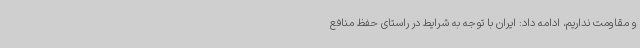
و مقاومت نداریم، ادامه داد: ایران با توجه به شرایط در راستای حفظ منافع